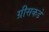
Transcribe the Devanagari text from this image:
ग्रीसकडे